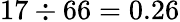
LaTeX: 17\div 66=0.26